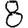
Digit: 8